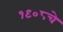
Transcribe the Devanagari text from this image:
१९०८चे